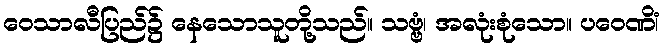
ဝေသာလီပြည်၌ နေသောသူတို့သည်။ သဗ္ဗံ၊ အလုံးစုံသော။ ပဝေဏိံ၊